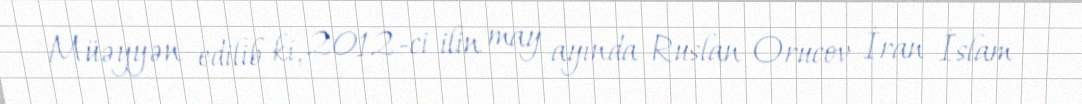
Müəyyən edilib ki, 2012-ci ilin may ayında Ruslan Orucov İran İslam